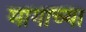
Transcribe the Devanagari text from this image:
मागाच्या